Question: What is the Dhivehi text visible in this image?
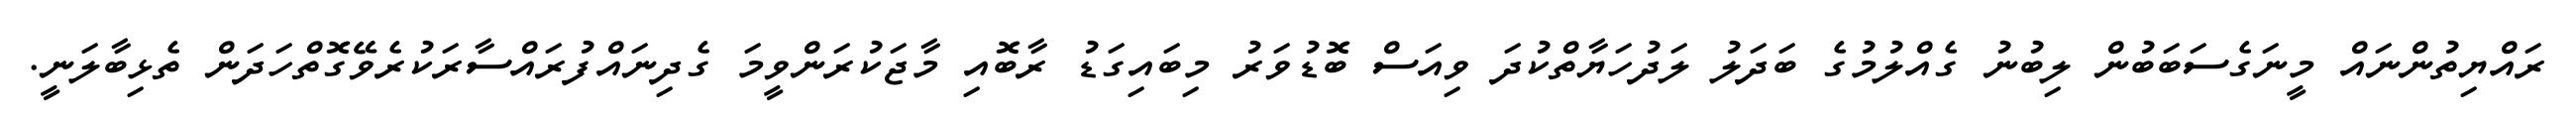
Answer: ރައްޔިތުންނައް މީނަގެސަބަބުން ލިބުނު ގެއްލުމުގެ ބަދަލު ލަދުހަޔާތްކުދަ ވިއަސް ބޮޑުވަރު މިބައިގަޑު ރާބޮއި މާޖަކުރަންވީމަ ގެދިނައްފުރައްސާރަކުރެވޭގޮތްހަދަން ތެޅިބާލަނީ.